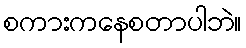
စကားကနေစတာပါဘဲ။